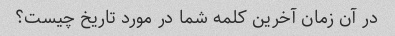
در آن زمان آخرین کلمه شما در مورد تاریخ چیست؟